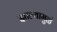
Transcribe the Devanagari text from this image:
झाल्यामुळं